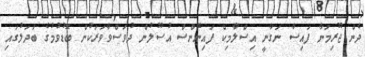
ދެން ޖޫރިމަނާ ފައިސާ ނަގާނީ އިސްލާމިކް ފައިނޭންސް އުސޫލުން ދުވަސްވާވަރަކުން ބޮޑުވުމުގެ ބަދަލުގައި